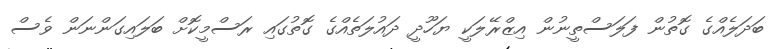
ބަދަލެއްގެ ގޮތުން ފަލަސްތީނުން އިޒްރޭލަކީ ޔަހޫދީ ދައުލަތެއްގެ ގޮތުގައި ރަސްމީކޮށް ބަލައިގަންނަން ވެސް